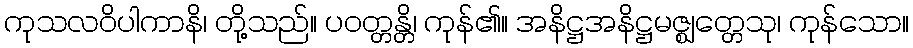
ကုသလဝိပါကာနိ၊ တို့သည်။ ပဝတ္တန္တိ၊ ကုန်၏။ အနိဋ္ဌအနိဋ္ဌမဇ္ဈတ္တေသု၊ ကုန်သော။